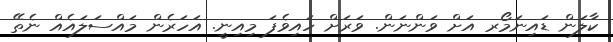
ކާލަން ޑައިނަމޯރ އަށް ވަންނަން. ވަރަށް ހައިވެފަ މިއިނީ. އަހަރެން މައްސަލައެއް ނެތޭ